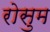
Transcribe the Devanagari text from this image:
रोसुम